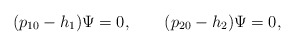
\begin{align*}(p_{10}-h_1)\Psi=0, \qquad (p_{20}-h_2)\Psi=0, \end{align*}